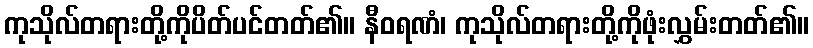
ကုသိုလ်တရားတို့ကိုပိတ်ပင်တတ်၏။ နီဝရဏံ၊ ကုသိုလ်တရားတို့ကိုဖုံးလွှမ်းတတ်၏။